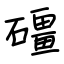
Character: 礓